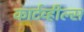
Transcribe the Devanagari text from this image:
कार्टव्हील्स